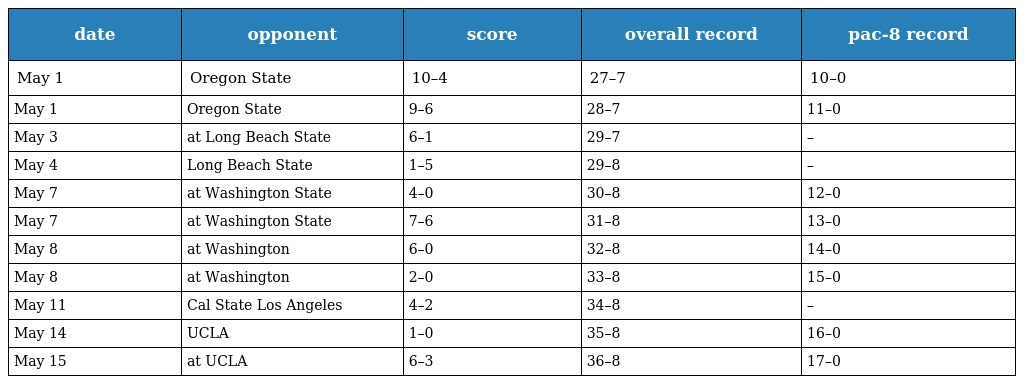
| date | opponent | score | overall record | pac-8 record |
 | --- | --- | --- | --- | --- |
 | May 1 | Oregon State | 10–4 | 27–7 | 10–0 |
 | May 1 | Oregon State | 9–6 | 28–7 | 11–0 |
 | May 3 | at Long Beach State | 6–1 | 29–7 | – |
 | May 4 | Long Beach State | 1–5 | 29–8 | – |
 | May 7 | at Washington State | 4–0 | 30–8 | 12–0 |
 | May 7 | at Washington State | 7–6 | 31–8 | 13–0 |
 | May 8 | at Washington | 6–0 | 32–8 | 14–0 |
 | May 8 | at Washington | 2–0 | 33–8 | 15–0 |
 | May 11 | Cal State Los Angeles | 4–2 | 34–8 | – |
 | May 14 | UCLA | 1–0 | 35–8 | 16–0 |
 | May 15 | at UCLA | 6–3 | 36–8 | 17–0 |